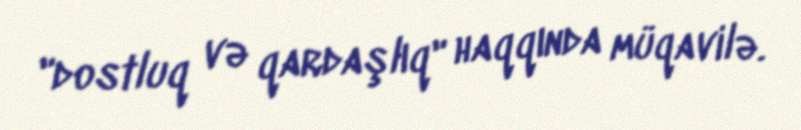
"dostluq və qardaşlıq" haqqında müqavilə.